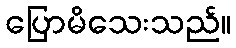
ပြောမိသေးသည်။